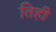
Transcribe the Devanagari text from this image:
तिही